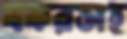
বকরসহ